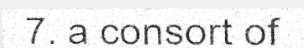
7. a consort of